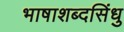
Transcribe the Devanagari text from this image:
भाषाशब्दसिंधु